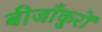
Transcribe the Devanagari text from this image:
बीजाँकुरों